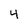
Character: 4